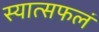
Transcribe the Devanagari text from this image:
स्यात्सफलं